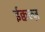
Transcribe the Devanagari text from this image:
ईक्वल्ज़